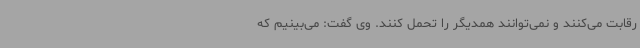
رقابت می‌کنند و نمی‌توانند همدیگر را تحمل کنند. وی گفت: می‌بینیم که